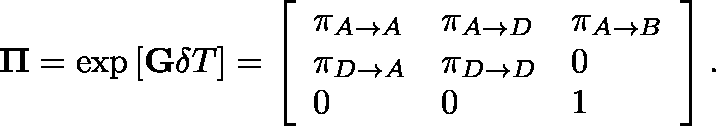
\mathbf { \Pi } = \exp \left[ \mathbf { G } \delta T \right] = \left[ \begin{array} { l l l } { \pi _ { A \rightarrow A } } & { \pi _ { A \rightarrow D } } & { \pi _ { A \rightarrow B } } \\ { \pi _ { D \rightarrow A } } & { \pi _ { D \rightarrow D } } & { 0 } \\ { 0 } & { 0 } & { 1 } \end{array} \right] .